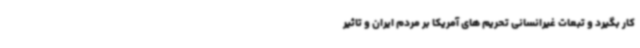
کار بگیرد و تبعات غیرانسانی تحریم های آمریکا بر مردم ایران و تاثیر